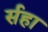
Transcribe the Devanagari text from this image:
र्सहा